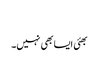
​
بھئی ایسا بھی نہیں۔